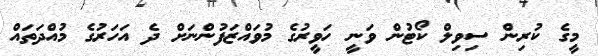
މީގެ ކުރިން ސިވިލް ކޯޓުން ވަނީ ހަވީރުގެ މުވައްޒަފުންނަށް ދެ އަހަރުގެ މުއްދަތައް